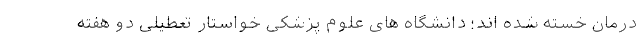
درمان خسته شده اند؛ دانشگاه های علوم پزشکی خواستار تعطیلی دو هفته